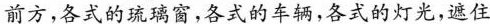
前方，各式的琉璃窗，各式的车辆，各式的灯光，遮住